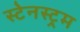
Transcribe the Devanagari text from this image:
स्टेनस्ट्रम